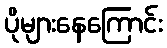
ပိုများနေကြောင်း